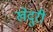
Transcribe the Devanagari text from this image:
खेदुरी